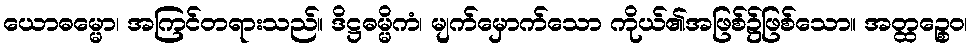
ယောဓမ္မော၊ အကြင်တရားသည်။ ဒိဋ္ဌဓမ္မိကံ၊ မျက်မှောက်သော ကိုယ်၏အဖြစ်၌ဖြစ်သော။ အတ္ထဉ္စေဝ၊